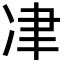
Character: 冿